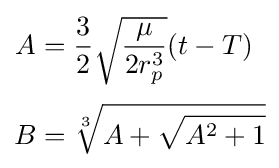
{\begin{aligned}A&={\frac {3}{2}}{\sqrt {\frac {\mu }{2r_{p}^{3}}}}(t-T)\\[3pt]B&={\sqrt[{3}]{A+{\sqrt {A^{2}+1}}}}\end{aligned}}